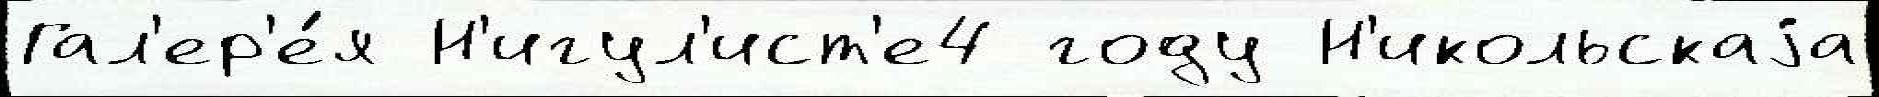
Гал'ер'е́я Н'игул'ист'е4 году Н'икольскаjа